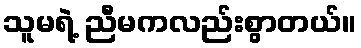
သူမရဲ့ ညီမကလည်းစွာတယ်။